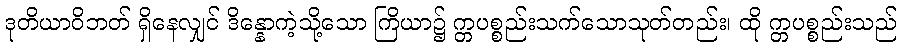
ဒုတိယာဝိဘတ် ရှိနေလျှင် ဒိန္နောကဲ့သို့သော ကြိယာ၌ က္တပစ္စည်းသက်သောသုတ်တည်း၊ ထို က္တပစ္စည်းသည်